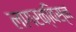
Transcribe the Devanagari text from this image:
लागरक्विस्न